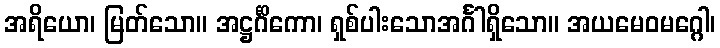
အရိယော၊ မြတ်သော။ အဋ္ဌင်္ဂိကော၊ ရှစ်ပါးသောအင်္ဂါရှိသော။ အယမေဝမဂ္ဂေါ၊